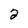
Character: 2